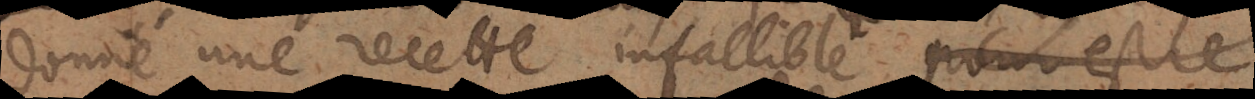
donné une recette infallible pour vous